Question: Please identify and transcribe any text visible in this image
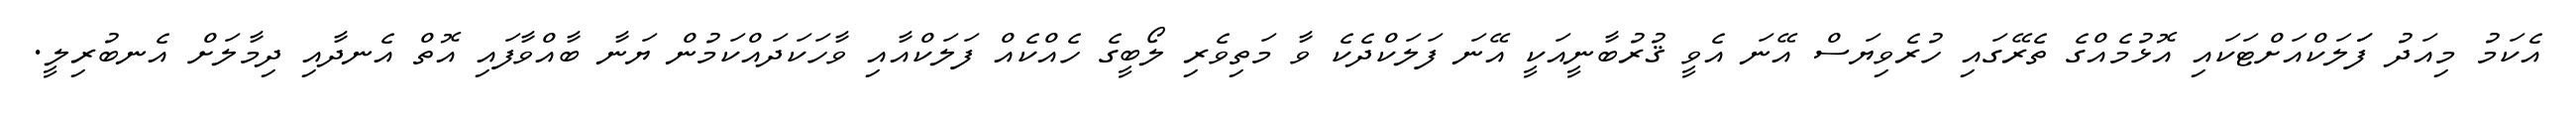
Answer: އެކަމު މިއަދު ފަަލަކްއަށްޓަކައި އޮޅުމެއްގެ ތެރޭގައި ހުރެވިޔަސް އޭނަ އެވީ ޤުރުބާނީއަކީ އޭނަ ފަލަކްދެކެ ވާ މަތިވެރި ލޯބީގެ ހެއްކެއް ފަލަކްއާއި ވާހަކަދައްކަމުން ޔަނާ ބާއްވާފައި އޮތް އެނދާއި ދިމާލަށް އެނބުރިލީ.